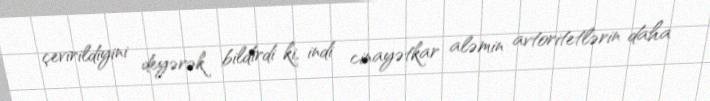
çevirildiyini deyərək bildirdi ki, indi cinayətkar aləmin avtoritetlərin daha